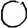
Digit: 0